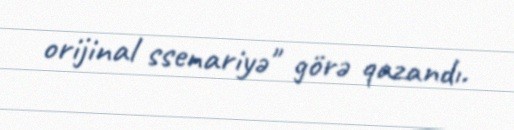
orijinal ssenariyə" görə qazandı.